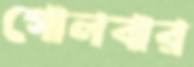
গোলবার